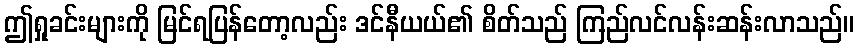
ဤရှုခင်းများကို မြင်ရပြန်တော့လည်း ဒင်နီယယ်၏ စိတ်သည် ကြည်လင်လန်းဆန်းလာသည်။